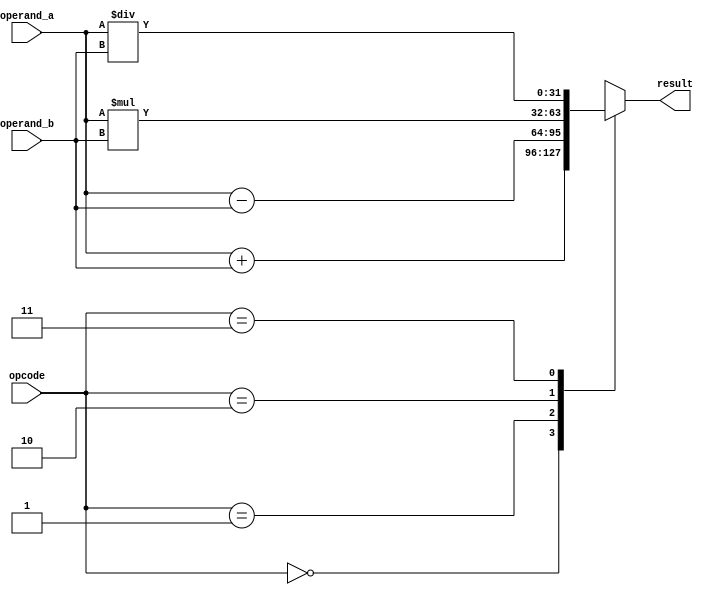
module floating_point_ALU (
    input wire [31:0] operand_a,
    input wire [31:0] operand_b,
    input wire [2:0] opcode,
    output reg [31:0] result
);

reg [31:0] add_result;
reg [31:0] sub_result;
reg [63:0] mul_result;
reg [31:0] div_result;
reg [2:0] exception;

always @(*) begin
    case(opcode)
        3'b000: begin // Floating point addition
            result = add_result;
        end
        3'b001: begin // Floating point subtraction
            result = sub_result;
        end
        3'b010: begin // Floating point multiplication
            result = mul_result[31:0];
        end
        3'b011: begin // Floating point division
            result = div_result;
        end
        default: begin
            result = 32'hx; // Indicating invalid opcode
        end
    endcase
end

// Floating point adder
assign add_result = operand_a + operand_b;

// Floating point subtractor
assign sub_result = operand_a - operand_b;

// Floating point multiplier
assign mul_result = operand_a * operand_b;

// Floating point divider
assign div_result = operand_a / operand_b;

endmodule